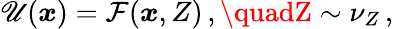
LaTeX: \mathscr{U}(\boldsymbol{x})=\mathcal{{F}}(\boldsymbol{x},Z)\, ,\quadZ\sim\nu_{Z}\, ,